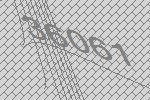
36061